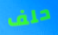
حلف